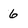
Character: 6